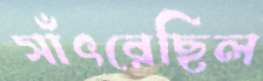
সাঁৎরেছিল